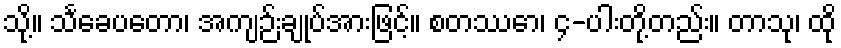
သို့။ သင်္ခေပတော၊ အကျဉ်းချုပ်အားဖြင့်။ စတဿော၊ ၄-ပါးတို့တည်း။ တာသု၊ ထို